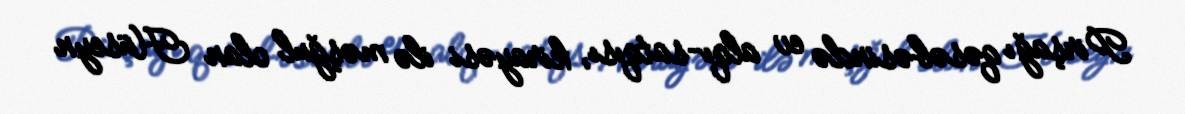
Pirşağı qəsəbəsində ev alqı-satqısı, kirayəsi ilə məşğul olan Hüseyn